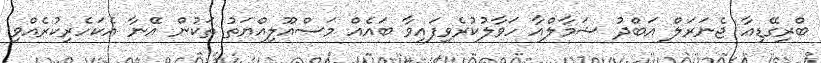
ބްރިގޭޑިއާ ޖެނަރަލް އަބްދު ޝަމާލްއާ ހަވާލުކުރެވިފައިވާ ބައެއް މަސްއޫލިއްޔަތު ތަކުން އޭނާ އެކަހެރިކުރެއްވި